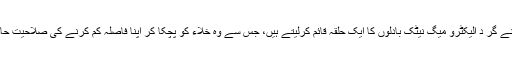
یہ خلائی جہاز اپنے گر د الیکٹرو میگ نیٹک بادلوں کا ایک حلقہ قائم کرلیتے ہیں، جس سے وہ خلاء کو پچکا کر اپنا فاصلہ کم کرنے کی صلاحیت حاصل کرلیتے ہیں۔